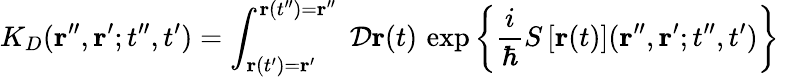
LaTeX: K_{D}({\mathbf r}^{\prime\prime},{\mathbf r}^{\prime};t^{\prime\prime},t^{\prime})=\int_{{\mathbf r}(t^{\prime})={\mathbf r}^{\prime}}^{{\mathbf r}(t^{\prime\prime})={\mathbf r}^{\prime\prime}}\; {\cal D}{\mathbf r}(t)\, \exp\left\{ \frac{i}{\hbar}S\left[{\mathbf r}(t)\right]({\mathbf r}^{\prime\prime},{\mathbf r}^{\prime};t^{\prime\prime},t^{\prime})\right\} \;